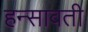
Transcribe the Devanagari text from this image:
हन्सावती